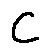
c